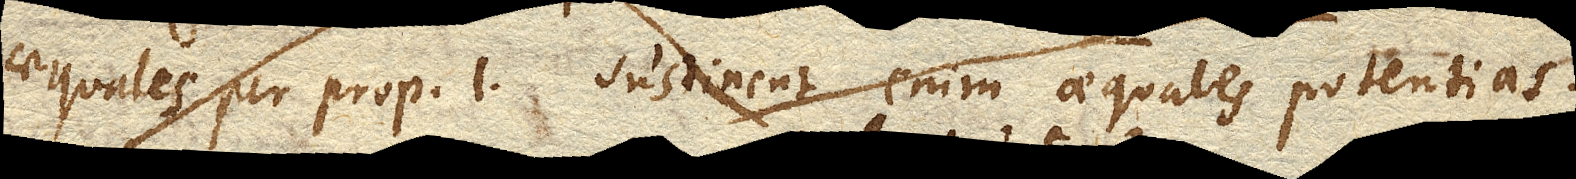
aequales per prop. 1. Sustinent enim aequales potentias.